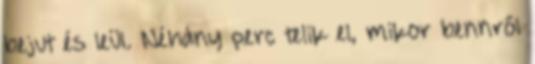
bejut és leül. Néhány perc telik el, mikor bennről